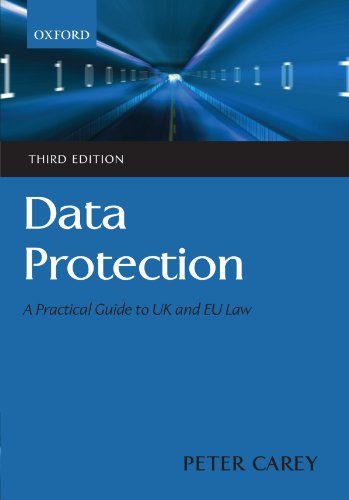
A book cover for Data Protection: A Practical Guide to UK and EU Law; Peter Carey; Law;